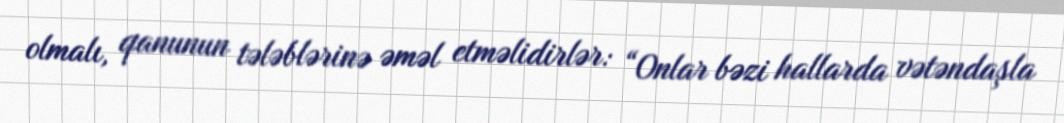
olmalı, qanunun tələblərinə əməl etməlidirlər: “Onlar bəzi hallarda vətəndaşla